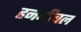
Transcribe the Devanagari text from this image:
हननीबल